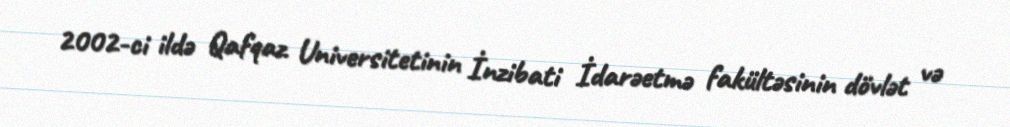
2002-ci ildə Qafqaz Universitetinin İnzibati İdarəetmə fakültəsinin dövlət və